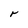
Character: r